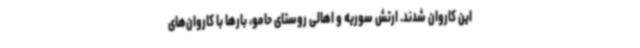
این کاروان شدند. ارتش سوریه و اهالی روستای حامو، بارها با کاروان‌های